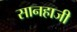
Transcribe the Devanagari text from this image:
सानहाजी